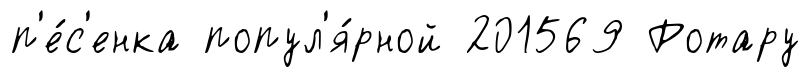
п'е́с'енка попул'я́рной 201569 Ротару